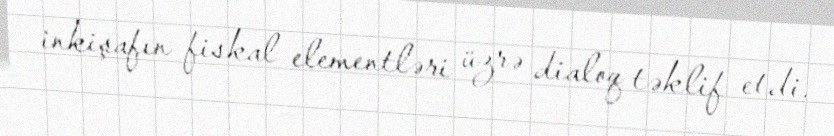
inkişafın fiskal elementləri üzrə dialoq təklif etdi.